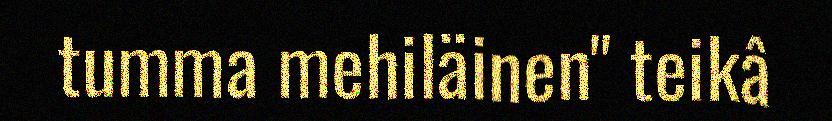
tumma mehiläinen" teikâ